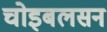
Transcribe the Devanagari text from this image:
चोइबलसन